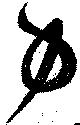
力